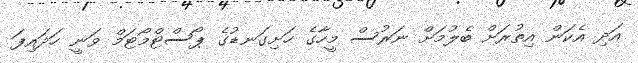
އަދި އެކަން އިތުރަށް ބެލުމަށް ނަރުސް މީހާގެ ހަށިގަނޑުގެ ޕޯސްޓްމޯޓަމް ވަނީ ހަދައިފަ